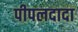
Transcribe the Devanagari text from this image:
पीपलदादा